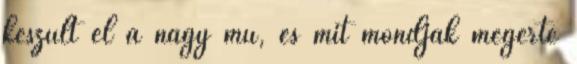
készült el a nagy mű, és mit mondjak megérte